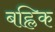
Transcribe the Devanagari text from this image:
बह्लिक